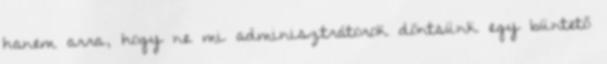
hanem arra, hogy ne mi adminisztrátorok döntsünk egy büntető